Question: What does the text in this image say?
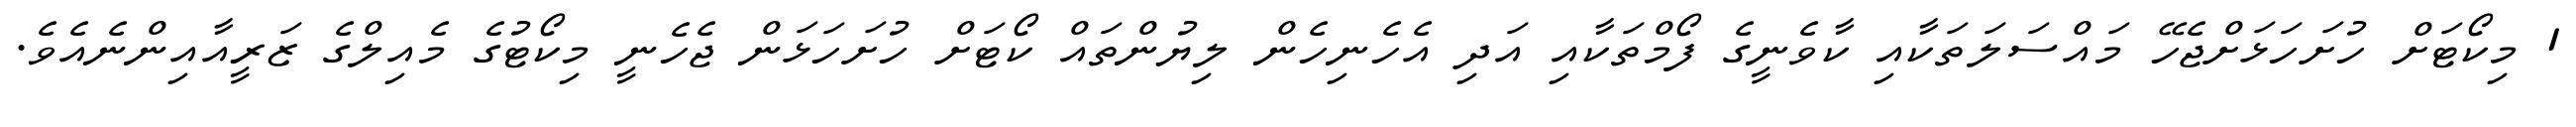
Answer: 1 މިކޯޓަށް ހުށަހަޅަށްޖެހޭ މައްސަލަތަކާއި ކާވެނީގެ ފޯމްތަކާއި އަދި އެހެނިހެން ލިޔުންތައް ކޯޓަށް ހުށަހަޅަން ޖެހެނީ މިކޯޓުގެ މެއިލްގެ ޒަރީއާއިންނެއެވެ.